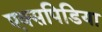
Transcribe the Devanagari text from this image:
एक्सपिडिया